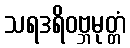
သရဒရိဝဗ္ဘမုတ္တံ